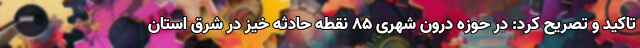
تاکید و تصریح کرد: در حوزه درون شهری ۸۵ نقطه حادثه خیز در شرق استان